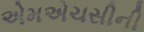
એમએચસીની